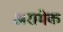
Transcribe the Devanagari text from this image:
अरामेक